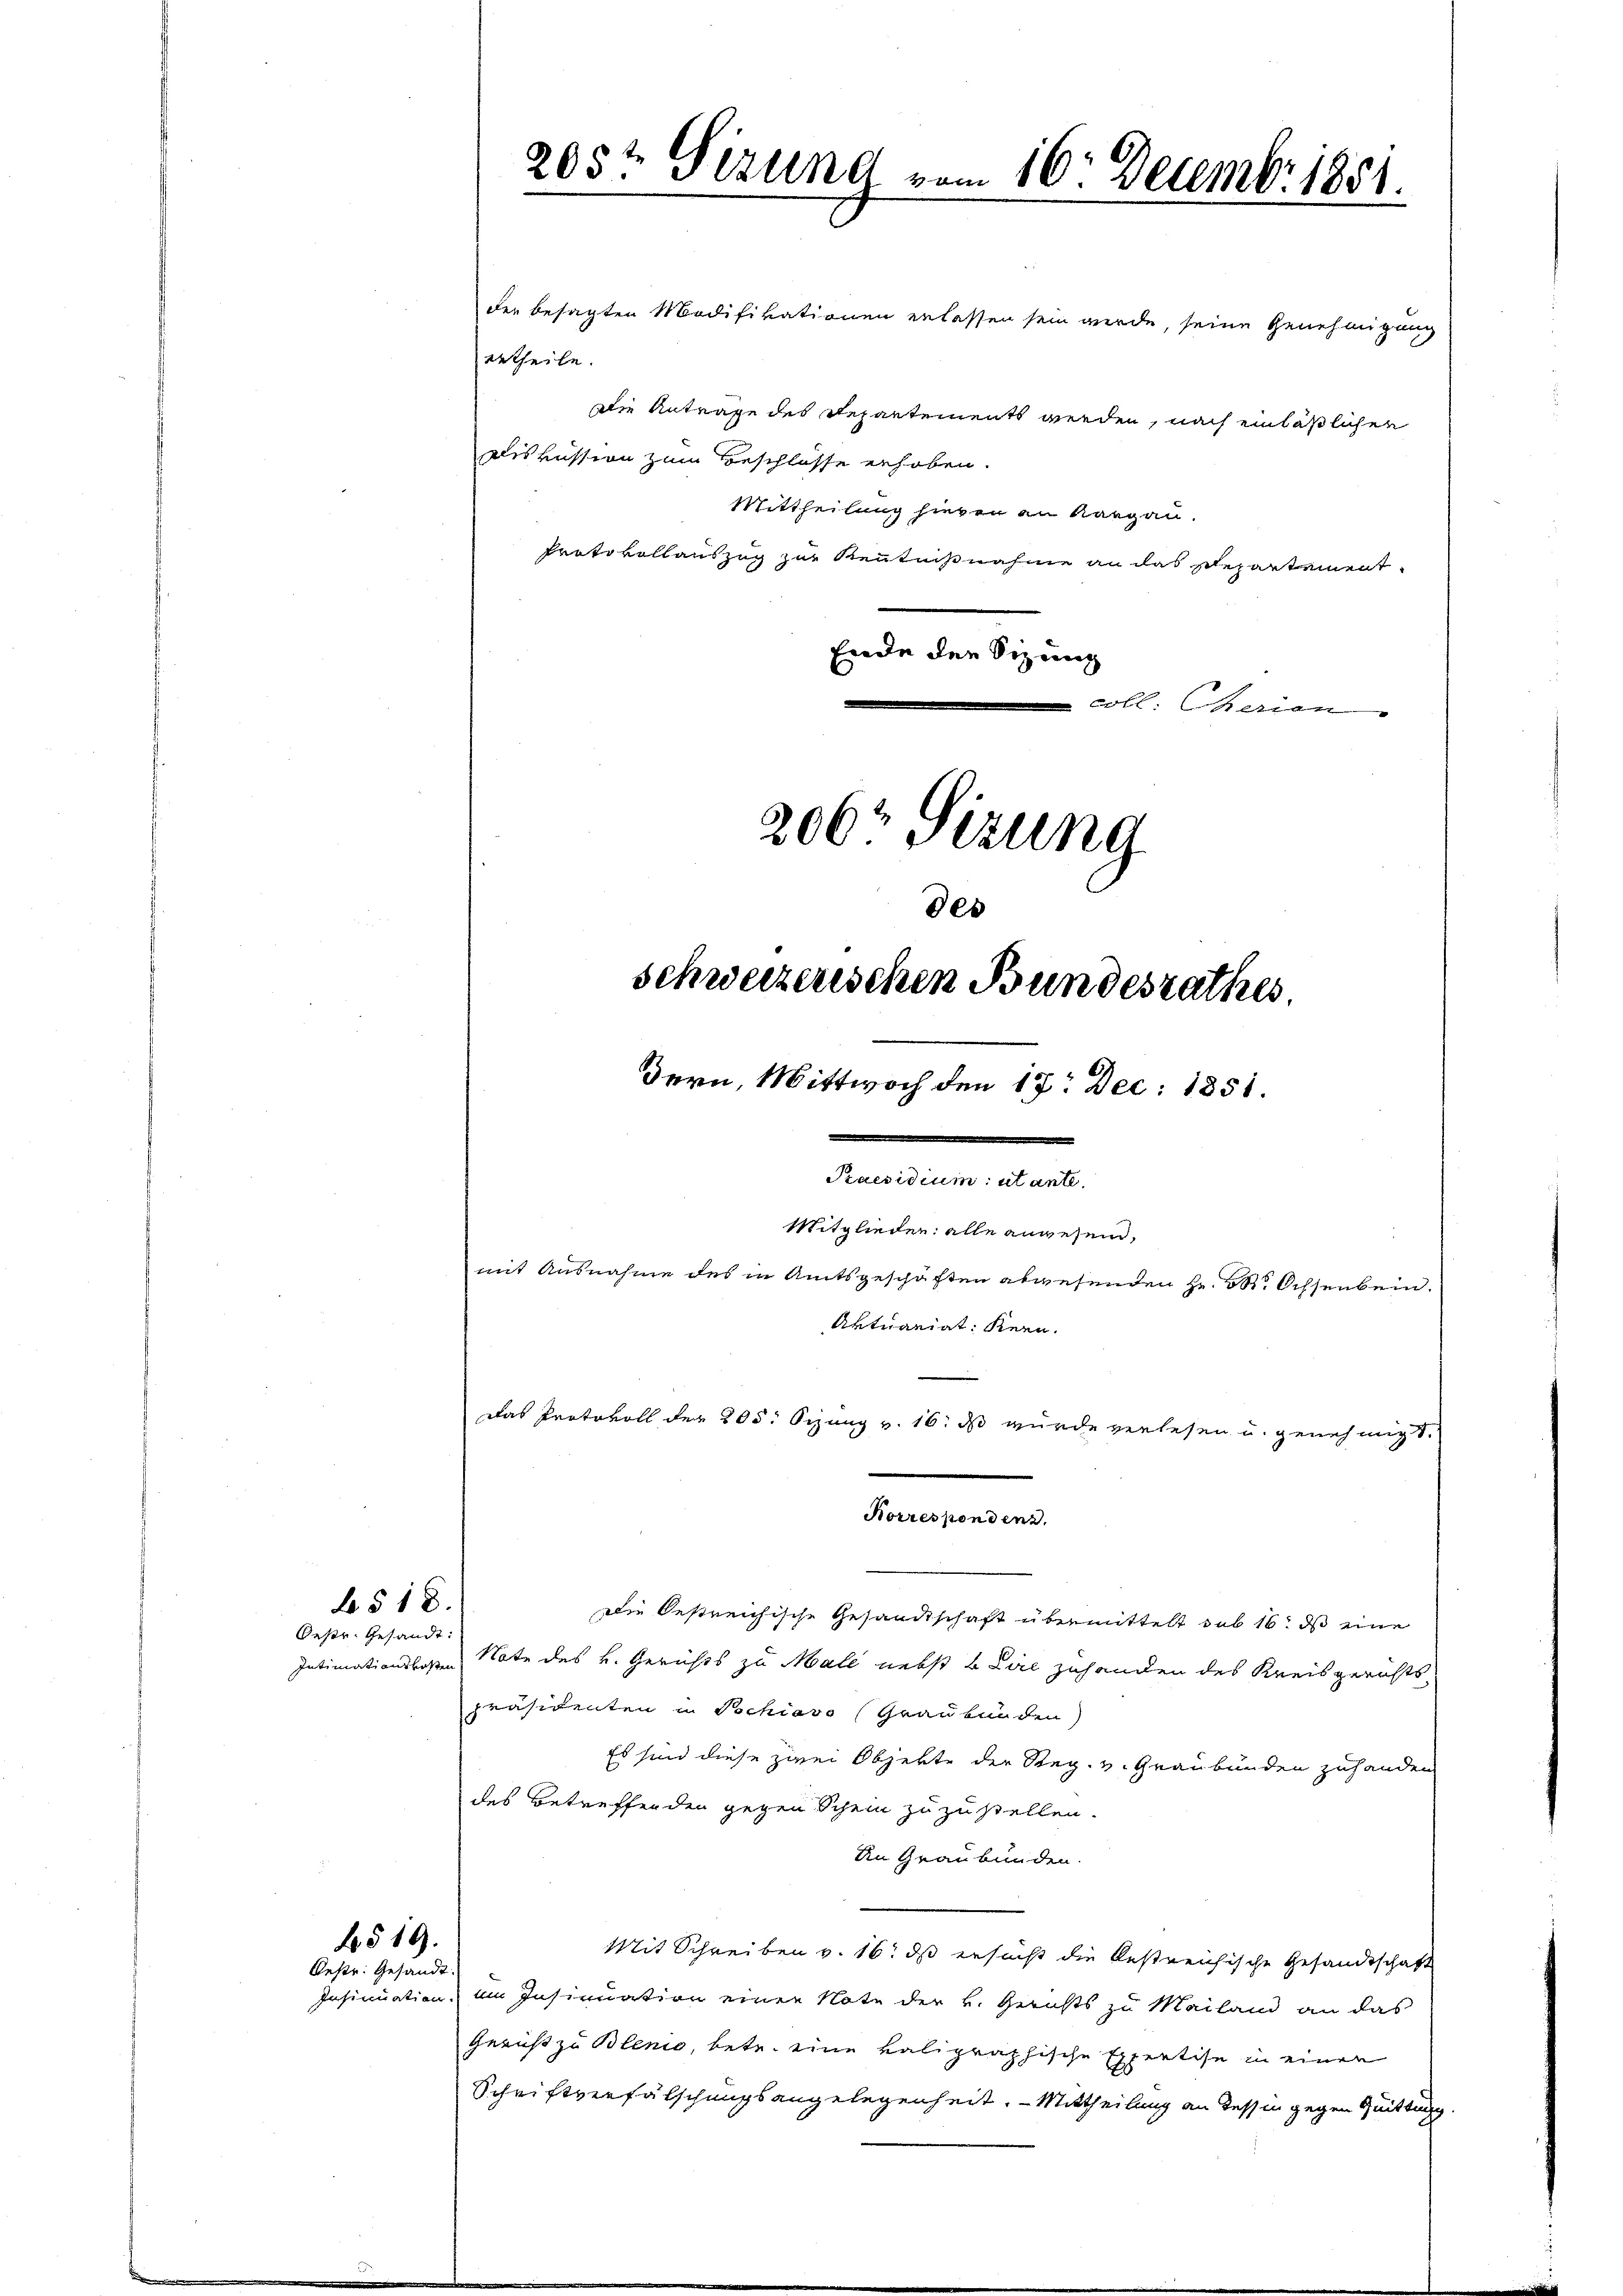
Oestr. Gesandt:

b§ 18.

Die Oestreichische Gesandtschaft übermittelt sub 16. ds eine
Intimationskosten Nate des k. Gerichts zu Male nebst b Ziel zuhanden des Kreisgerichts-
präsidenten in Tschiavo (Graubünden)
Es sind diese zwei Objekte der Reg. v. Graubünden zuhanden
des Betreffenden gegen Schein zuzustellen.
An Graubünden.
Mit Schreiben v. 16. ds ersucht die bestreichische Gesandtschaft
Insinuation, im Insinuation einer Note der v. Gerichts zu Mailand an das
Gericht zu Blenio, betr. eine valigraphische Expertise in einen
Schriftverfälschungsangelegenheit. - Mittheilung an dessin gegen Quittung.

b519.
Bestr. Gesandt

205t Sizung vom 16. Decembr. 1851.

der besagten Modifikationen erlassen sein werde, seine Genehmigung
urtheile.
Die Antrage des Repartements werden, nach einläßlichen
Diskussion zum Beschlosse erhoben.
Mittheilung hieren an Aargau.
Protokollauszug zur Kenntnißnahme an das Departement
Ende der Sizung
coll. Cherien

206 Sizung
des
schweizerischen Bundesrathes.
dern, Mittwoch den 17. Dec. 1851.
.
Mitglieden alle anwesend,
mit Ausnahme des in Amtsgeschäften abwesenden Hr. S. Ochsenbein.
Aktuariat Kern.
Das Protokoll der 205: Sizung v. 16. ds wurde verlesen u. genehmigt.
e
Korrespondenz.